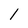
Character: l